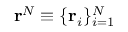
\mathbf { r } ^ { N } \equiv \{ \mathbf { r } _ { i } \} _ { i = 1 } ^ { N }